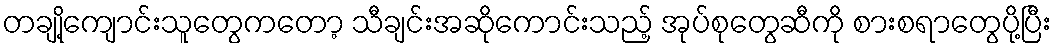
တချို့ကျောင်းသူတွေကတော့ သီချင်းအဆိုကောင်းသည့် အုပ်စုတွေဆီကို စားစရာတွေပို့ပြီး